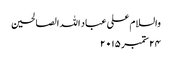
والسلام علی عباد اللہ الصالحین
۲۴ ستمبر ۲۰۱۵